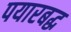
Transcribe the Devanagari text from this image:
पयारबद्ध